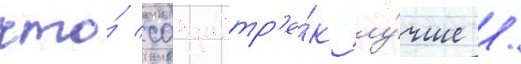
что́ саундтр'е́к лу́чше /